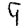
Digit: 9